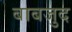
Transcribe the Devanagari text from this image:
बाबजुद